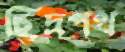
ছিদ্রপথ